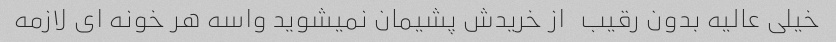
خیلی عالیه بدون رقیب   از خریدش پشیمان نمیشوید واسه هر خونه ای لازمه